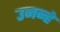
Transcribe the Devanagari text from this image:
उनन्हे